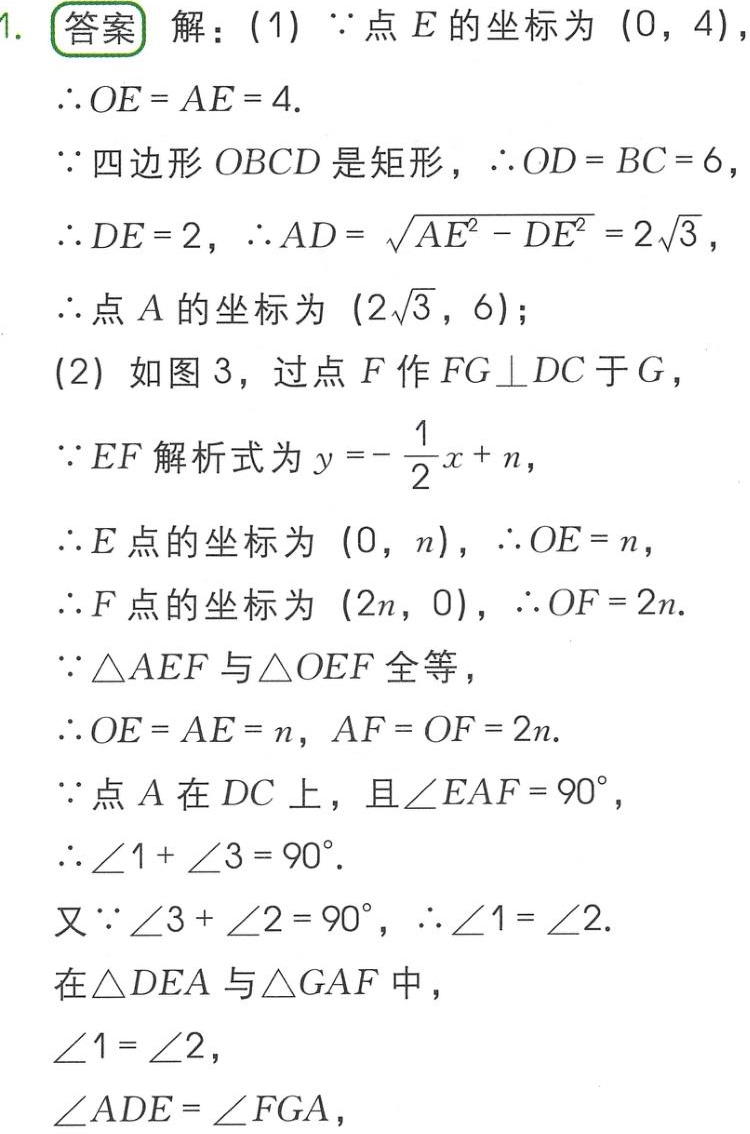
1. 答案 解：(1)  \(\because\)点 \(E\) 的坐标为 \((0,4)\)，
\(\therefore OE = AE = 4\).
\(\because\)四边形 \(OBCD\) 是矩形，\(\therefore OD = BC = 6\)，
\(\therefore DE = 2\)，\(\therefore AD=\sqrt{AE^{2}-DE^{2}} = 2\sqrt{3}\)，
\(\therefore\)点 \(A\) 的坐标为 \((2\sqrt{3},6)\)；
(2) 如图 3，过点 \(F\) 作 \(FG\perp DC\) 于 \(G\)，
\(\because EF\) 解析式为 \(y =-\frac{1}{2}x + n\)，
\(\because E\) 点的坐标为 \((0,n)\)，\(\therefore OE = n\)，
\(\therefore F\) 点的坐标为 \((2n,0)\)，\(\therefore OF = 2n\).
\(\because\triangle AEF\) 与 \(\triangle OEF\) 全等，
\(\therefore OE = AE = n\)，\(AF = OF = 2n\).
\(\because\)点 \(A\) 在 \(DC\) 上，且 \(\angle EAF = 90^{\circ}\)，
\(\therefore\angle1+\angle3 = 90^{\circ}\).
又 \(\because\angle3+\angle2 = 90^{\circ}\)，\(\therefore\angle1=\angle2\).
在 \(\triangle DEA\) 与 \(\triangle GAF\) 中，
\(\angle1=\angle2\)，
\(\angle ADE=\angle FGA\)，